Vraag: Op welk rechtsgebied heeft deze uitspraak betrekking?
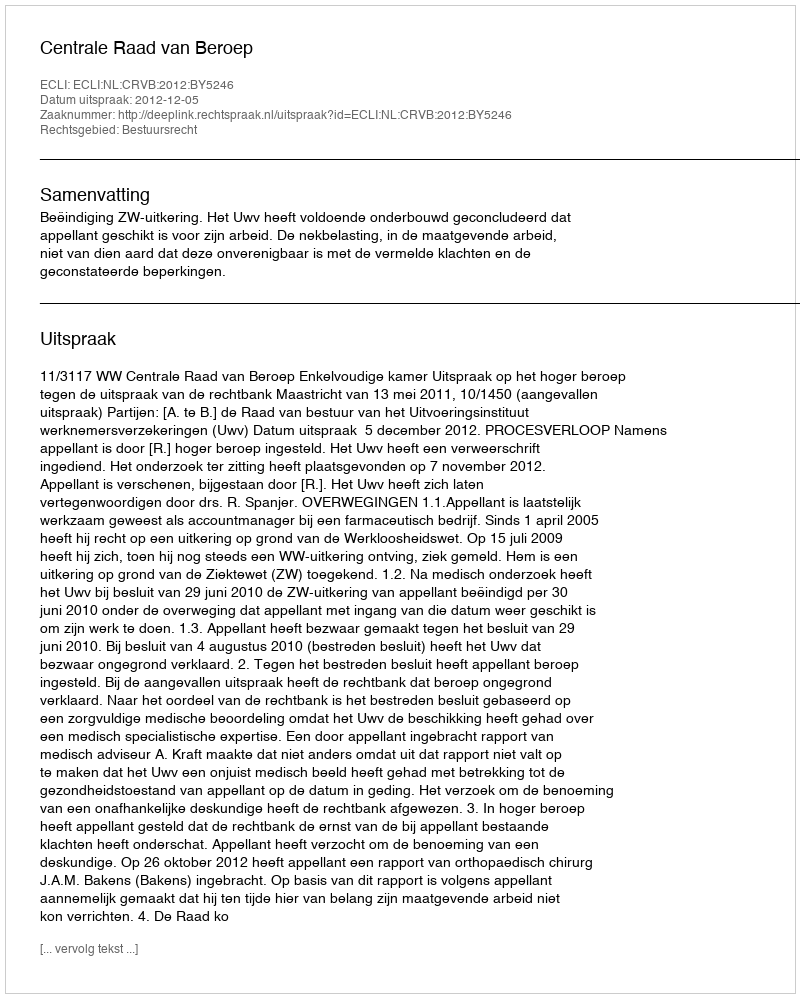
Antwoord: Bestuursrecht